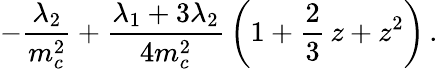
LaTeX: -{\frac{\lambda_{2}}{m_{c}^{2}}}+{\frac{\lambda_{1}+3\lambda_{2}}{4m_{c}^{2}}}\, \bigg(1+\frac 23\, z+z^{2}\bigg)\, .